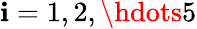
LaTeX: \mathbf{i}=1,2,\hdots5